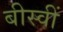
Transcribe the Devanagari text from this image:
बीस्वीं